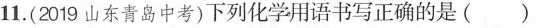
11.(2019山东青岛中考)下列化学用语书写正确的是( )